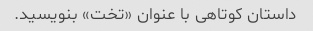
داستان کوتاهی با عنوان «تخت» بنویسید.